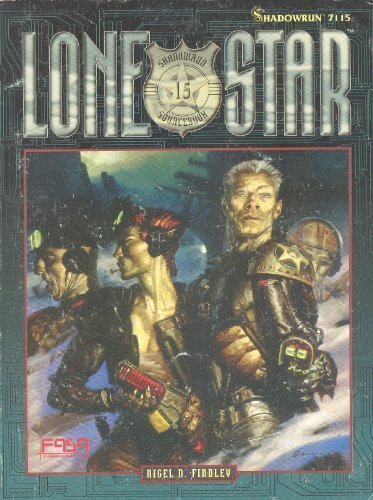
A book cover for Lone Star (A Shadowrun Sourcebook); Nigel D. Findley; Science Fiction & Fantasy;